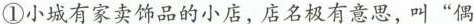
①小城有家饰品的小店，店名极有意路，叫”偶